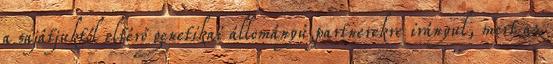
a sajátjuktól eltérő genetikai állományú partnerekre irányul, mert az